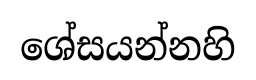
ශේසයන්නහි